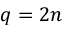
q = 2 n